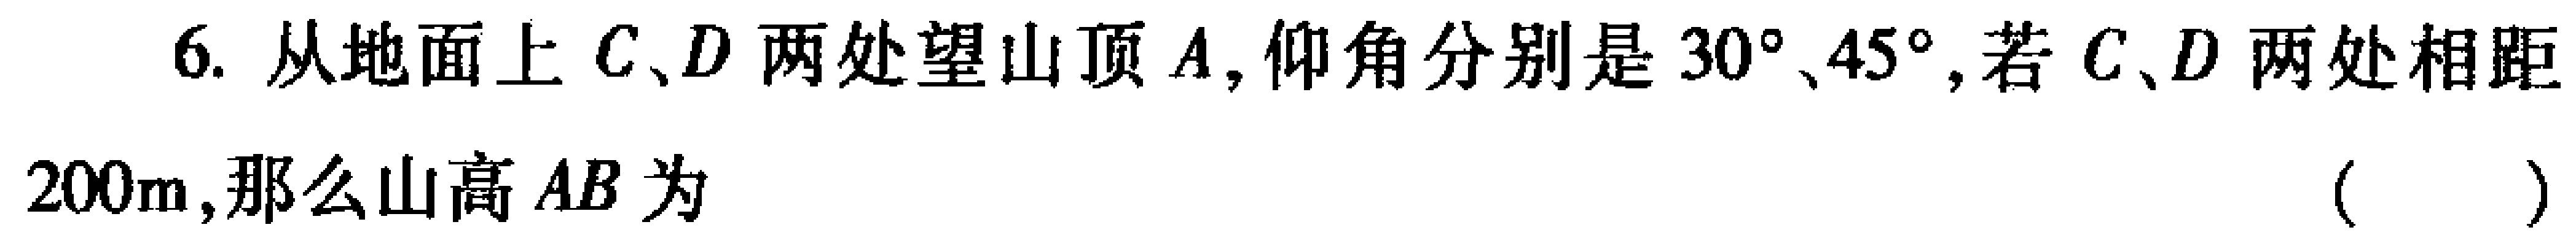
6. 从地面上\(C、D\)两处望山顶\(A\)，仰角分别是\(30^{\circ}、45^{\circ}\)，若\(C、D\)两处相距\(200m\)，那么山高\(AB\)为 （  ）